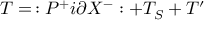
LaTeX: T = \, : P ^ { + } i \partial X ^ { - } : + T _ { S } + T ^ { \prime }